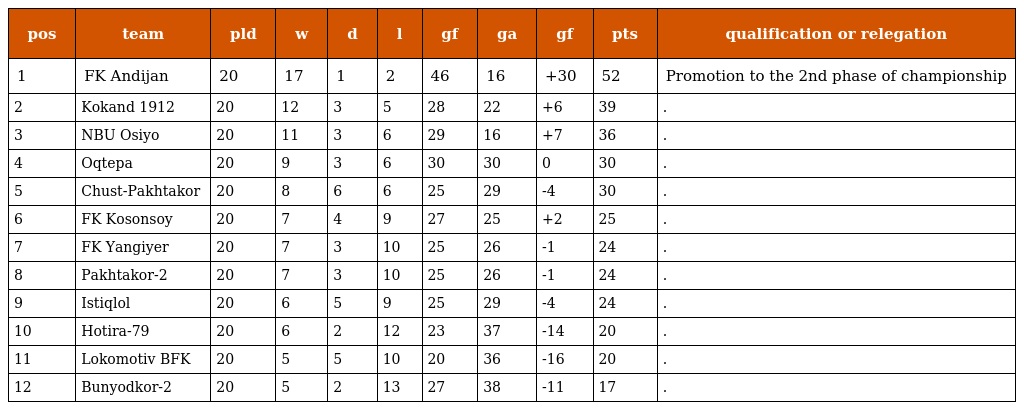
| pos | team | pld | w | d | l | gf | ga | gf | pts | qualification or relegation |
 | --- | --- | --- | --- | --- | --- | --- | --- | --- | --- | --- |
 | 1 | FK Andijan | 20 | 17 | 1 | 2 | 46 | 16 | +30 | 52 | Promotion to the 2nd phase of championship |
 | 2 | Kokand 1912 | 20 | 12 | 3 | 5 | 28 | 22 | +6 | 39 | . |
 | 3 | NBU Osiyo | 20 | 11 | 3 | 6 | 29 | 16 | +7 | 36 | . |
 | 4 | Oqtepa | 20 | 9 | 3 | 6 | 30 | 30 | 0 | 30 | . |
 | 5 | Chust-Pakhtakor | 20 | 8 | 6 | 6 | 25 | 29 | -4 | 30 | . |
 | 6 | FK Kosonsoy | 20 | 7 | 4 | 9 | 27 | 25 | +2 | 25 | . |
 | 7 | FK Yangiyer | 20 | 7 | 3 | 10 | 25 | 26 | -1 | 24 | . |
 | 8 | Pakhtakor-2 | 20 | 7 | 3 | 10 | 25 | 26 | -1 | 24 | . |
 | 9 | Istiqlol | 20 | 6 | 5 | 9 | 25 | 29 | -4 | 24 | . |
 | 10 | Hotira-79 | 20 | 6 | 2 | 12 | 23 | 37 | -14 | 20 | . |
 | 11 | Lokomotiv BFK | 20 | 5 | 5 | 10 | 20 | 36 | -16 | 20 | . |
 | 12 | Bunyodkor-2 | 20 | 5 | 2 | 13 | 27 | 38 | -11 | 17 | . |